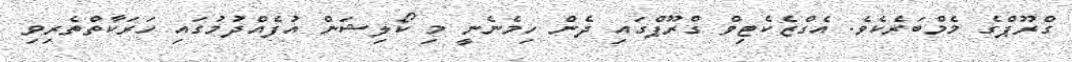
ގްރޫޕްގެ މެމްބަރެކެވެ. އެގްޒެކެޓިވް ގްރޫޕްގައި ދެން ހިމެނެނީ މި ކޯލިޝަން އުފެއްދުމުގައި ހަރަކާތްތެރިވި